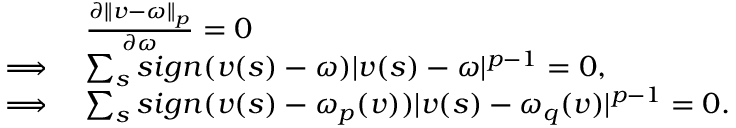
\begin{array} { r l } & { \frac { \partial \lVert v - \omega \rVert _ { p } } { \partial \omega } = 0 } \\ { \implies } & { \sum _ { s } s i g n ( v ( s ) - \omega ) | v ( s ) - \omega | ^ { p - 1 } = 0 , } \\ { \implies } & { \sum _ { s } s i g n ( v ( s ) - \omega _ { p } ( v ) ) | v ( s ) - \omega _ { q } ( v ) | ^ { p - 1 } = 0 . } \end{array}